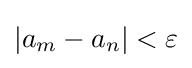
|a_{m}-a_{n}|<\varepsilon